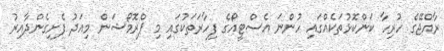
ރާއްޖޭގެ ހުރިހާ ކަންކޮޅުތަކެއްގައި ހުންނަ އެސްޓީއޯގެ ފިހާރަތަކުގައި މި ޕްރޮމޯޝަން މިއަދު ފެށިގެންދާއިރު